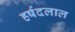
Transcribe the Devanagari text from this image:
हर्षदलाल